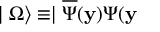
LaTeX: \mid \Omega \rangle \equiv \mid \overline { { { \Psi } } } ( \mathbf { y } ) \Psi ( \mathbf { y }